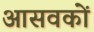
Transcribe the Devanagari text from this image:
आसवकों